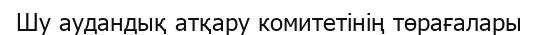
Шу аудандық атқару комитетінің төрағалары